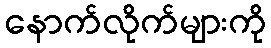
နောက်လိုက်များကို